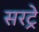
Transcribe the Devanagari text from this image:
सरट्रे